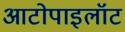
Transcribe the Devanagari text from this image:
आटोपाइलॉट